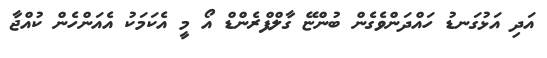
އަދި އަޅުގަނޑު ހައްދަންވެގެން ބުންޏޭ ގާލްފްރެންޑް އޯ މީ އެކަމަކު އެއަންހެން ކުއްޖާ